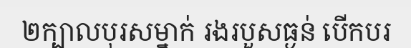
២ក្បាលបុរសម្នាក់ រងរបួសធ្ងន់ បើកបរ